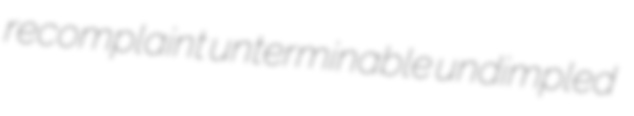
recomplaint unterminable undimpled